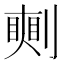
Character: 𠟰